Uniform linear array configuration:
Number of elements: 24
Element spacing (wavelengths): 0.5
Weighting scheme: cosine
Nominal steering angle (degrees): -15
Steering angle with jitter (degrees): -13.153
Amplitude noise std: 0.05
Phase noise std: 0.05

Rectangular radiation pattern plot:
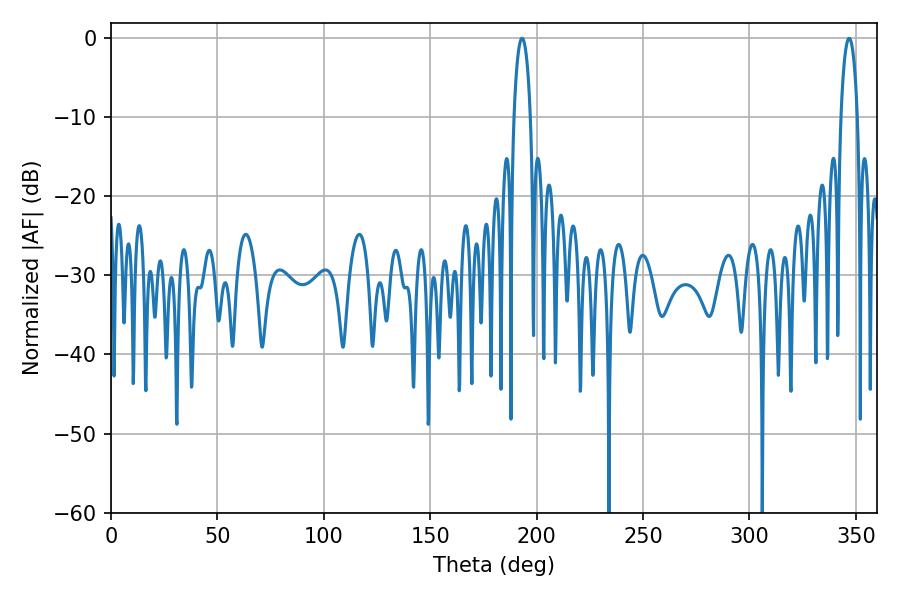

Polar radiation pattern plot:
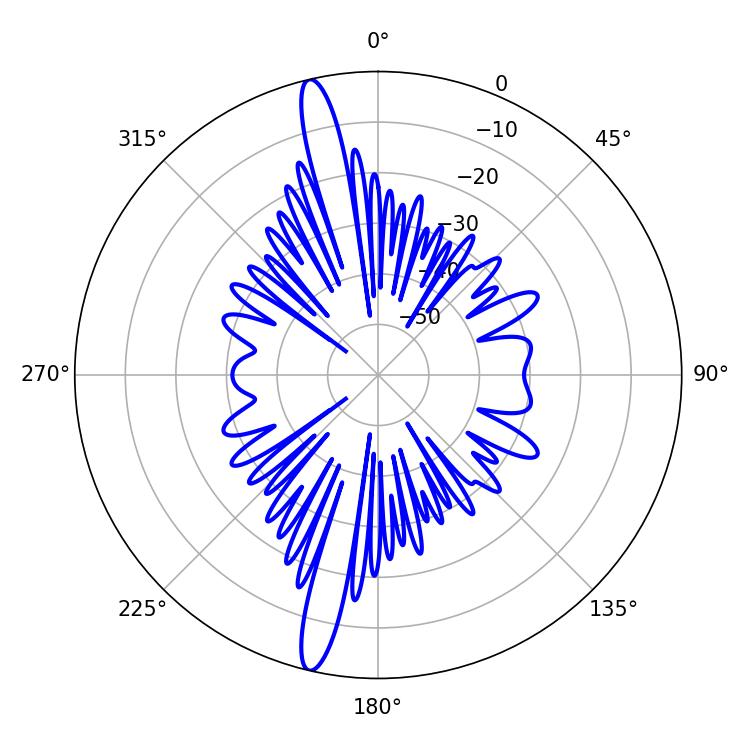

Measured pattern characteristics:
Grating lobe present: FALSE
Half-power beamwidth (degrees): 4.32
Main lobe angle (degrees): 193.14